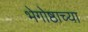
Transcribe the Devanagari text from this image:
भेगोष्ठाच्या